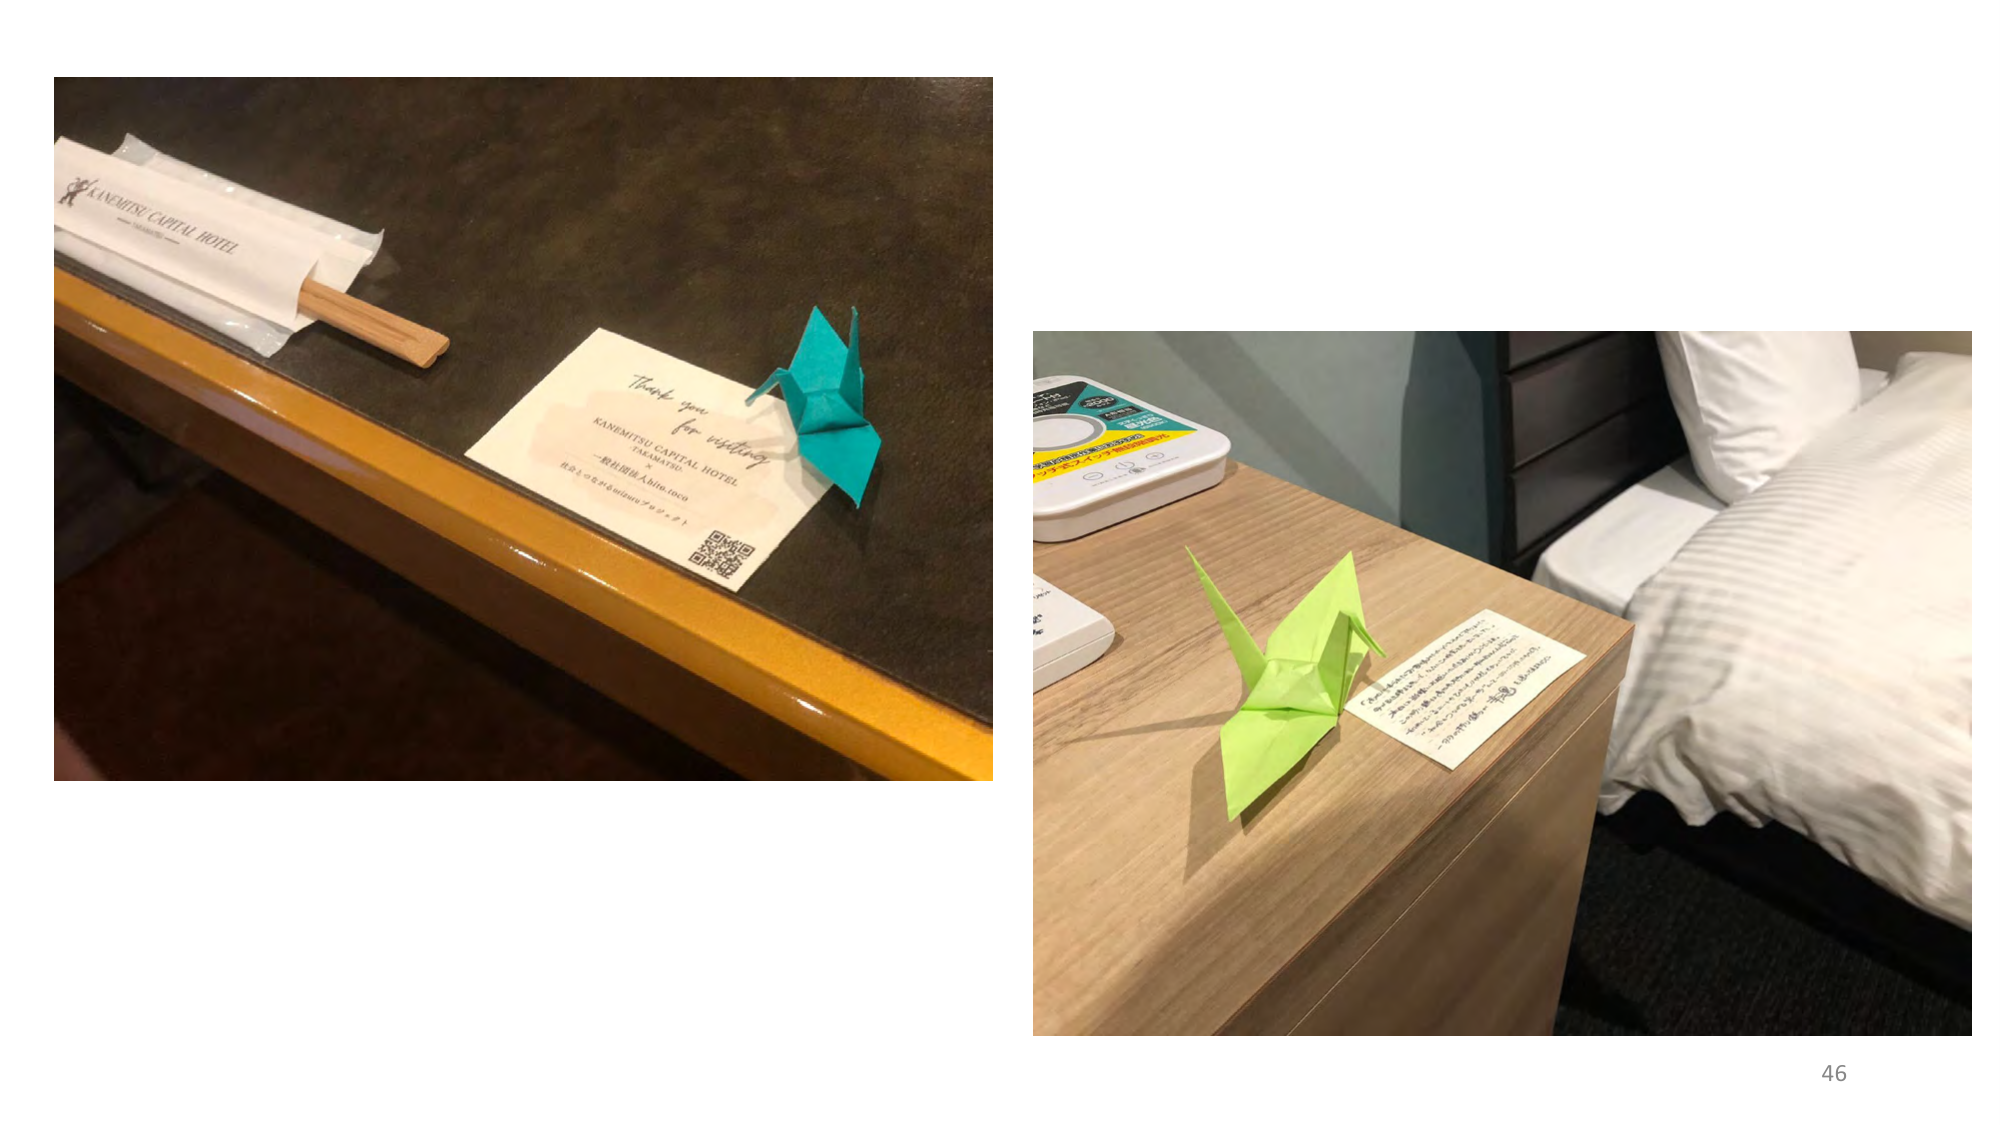
KANEMITSU CAPITAL HOTEL
Thank you for visiting
KANEMITSU CAPITAL HOTEL
TAKAMATSU
一般社団法人 hiro.toco
おまえのささやかな願いを叶えよう
46